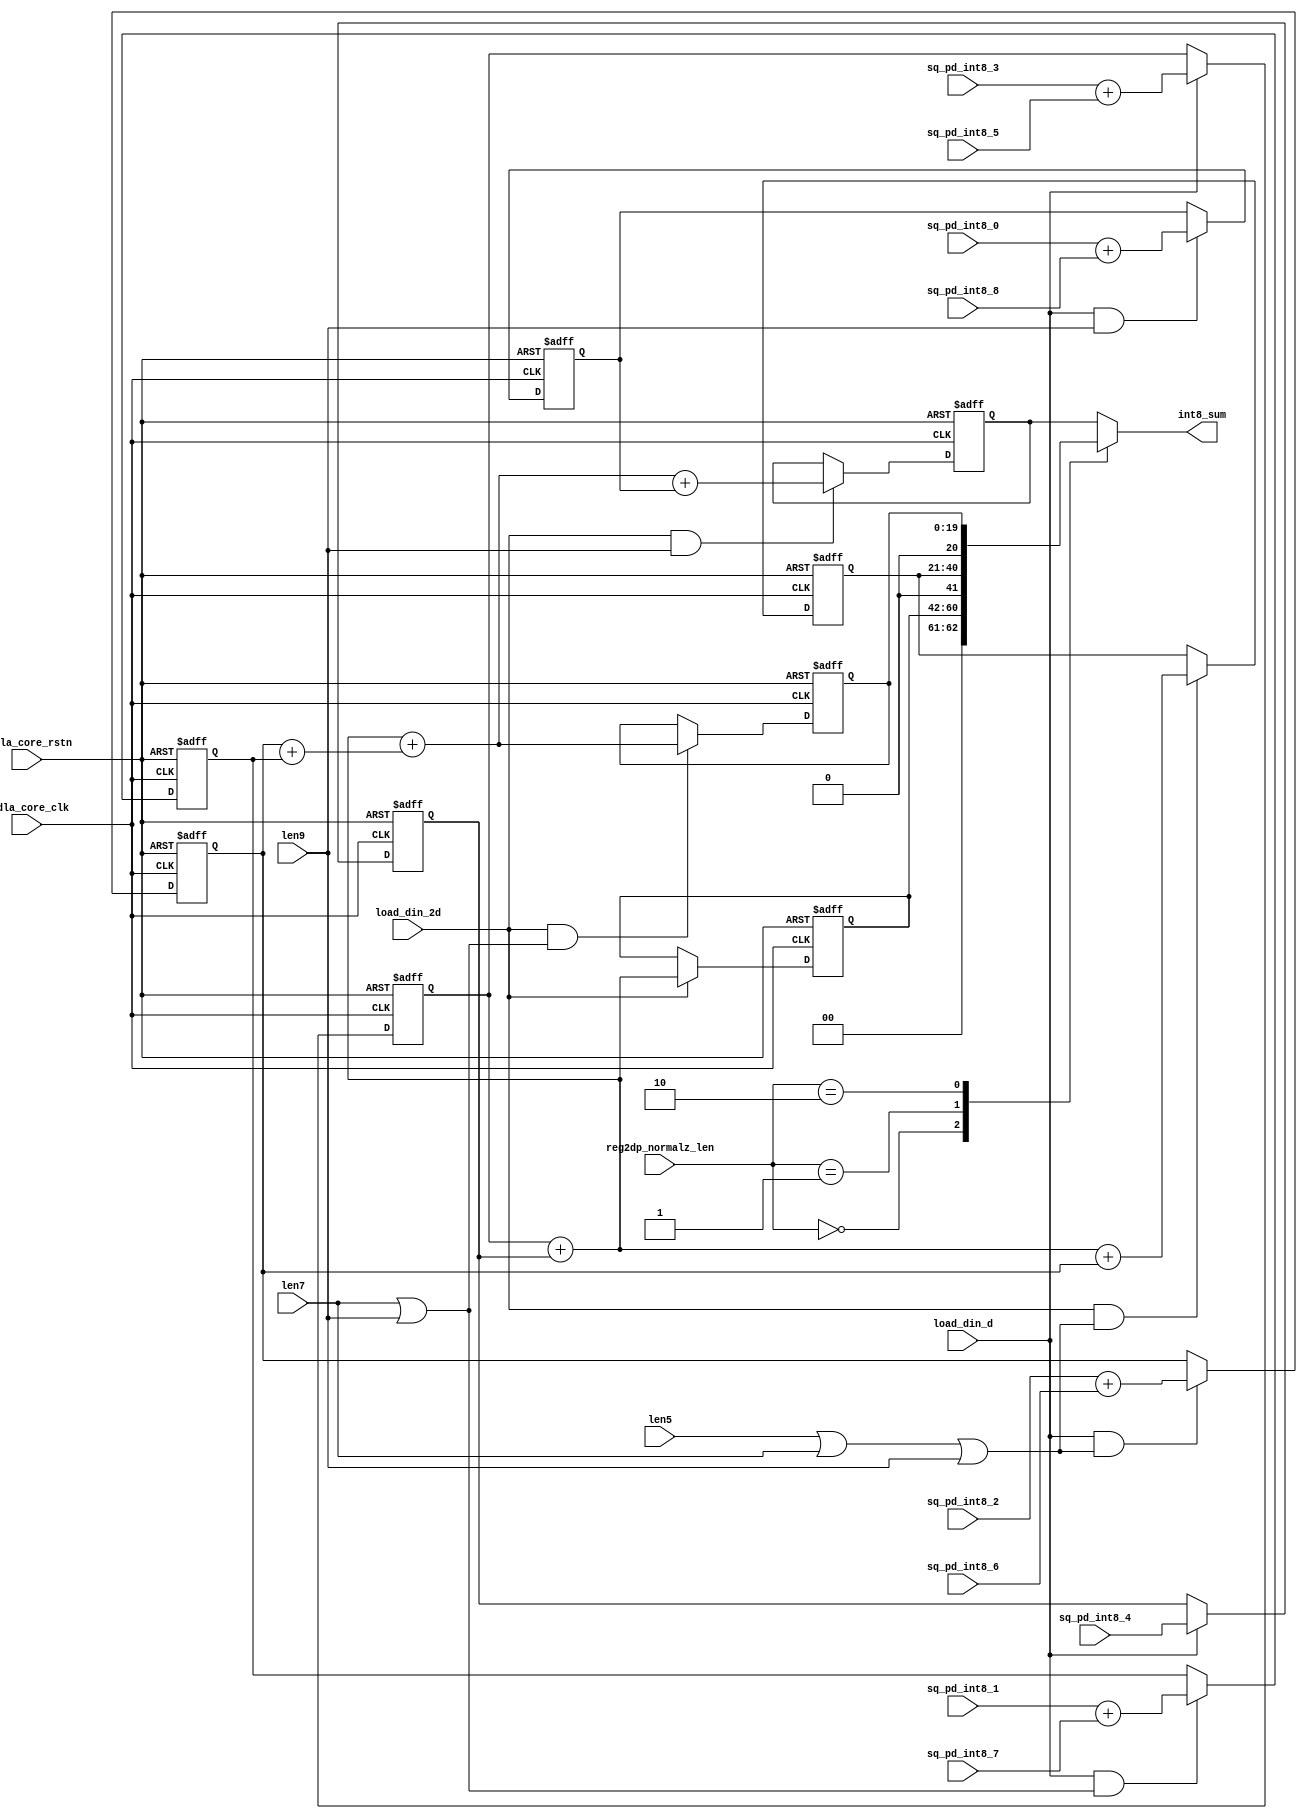
module int_sum_block_tp1 (
   nvdla_core_clk
  ,nvdla_core_rstn
  ,len5
  ,len7
  ,len9
  ,load_din_2d
  ,load_din_d
  ,reg2dp_normalz_len
  ,sq_pd_int8_0
  ,sq_pd_int8_1
  ,sq_pd_int8_2
  ,sq_pd_int8_3
  ,sq_pd_int8_4
  ,sq_pd_int8_5
  ,sq_pd_int8_6
  ,sq_pd_int8_7
  ,sq_pd_int8_8
  ,int8_sum
  );
/////////////////////////////////////////////
parameter pINT8_BW = 9;
/////////////////////////////////////////////
input nvdla_core_clk;
input nvdla_core_rstn;
input len5;
input len7;
input len9;
input load_din_2d;
input load_din_d;
input [1:0] reg2dp_normalz_len;
input [pINT8_BW*2-2:0] sq_pd_int8_0;
input [pINT8_BW*2-2:0] sq_pd_int8_1;
input [pINT8_BW*2-2:0] sq_pd_int8_2;
input [pINT8_BW*2-2:0] sq_pd_int8_3;
input [pINT8_BW*2-2:0] sq_pd_int8_4;
input [pINT8_BW*2-2:0] sq_pd_int8_5;
input [pINT8_BW*2-2:0] sq_pd_int8_6;
input [pINT8_BW*2-2:0] sq_pd_int8_7;
input [pINT8_BW*2-2:0] sq_pd_int8_8;
output [pINT8_BW*2+2:0] int8_sum;
/////////////////////////////////////////////
reg [pINT8_BW*2+2:0] int8_sum;
reg [pINT8_BW*2:0] int8_sum3;
reg [pINT8_BW*2+1:0] int8_sum5;
reg [pINT8_BW*2+1:0] int8_sum7;
reg [pINT8_BW*2+2:0] int8_sum9;
reg [pINT8_BW*2-1:0] int8_sum_0_8;
reg [pINT8_BW*2-1:0] int8_sum_1_7;
reg [pINT8_BW*2-1:0] int8_sum_2_6;
reg [pINT8_BW*2-1:0] int8_sum_3_5;
reg [pINT8_BW*2-2:0] sq_pd_int8_4_d;
wire [pINT8_BW*2-2:0] sq0;
wire [pINT8_BW*2-2:0] sq1;
wire [pINT8_BW*2-2:0] sq2;
wire [pINT8_BW*2-2:0] sq3;
wire [pINT8_BW*2-2:0] sq5;
wire [pINT8_BW*2-2:0] sq6;
wire [pINT8_BW*2-2:0] sq7;
wire [pINT8_BW*2-2:0] sq8;
/////////////////////////////////////////////
assign sq3 = sq_pd_int8_3;
assign sq5 = sq_pd_int8_5;
assign sq2 = sq_pd_int8_2;
assign sq6 = sq_pd_int8_6;
assign sq1 = sq_pd_int8_1;
assign sq7 = sq_pd_int8_7;
assign sq0 = sq_pd_int8_0;
assign sq8 = sq_pd_int8_8;
//sum process
always @(posedge nvdla_core_clk or negedge nvdla_core_rstn) begin
  if (!nvdla_core_rstn) begin
    int8_sum_3_5 <= {(pINT8_BW*2){1'b0}};
  end else if (load_din_d) begin
    int8_sum_3_5 <= (sq3 + sq5);
  end
end
always @(posedge nvdla_core_clk or negedge nvdla_core_rstn) begin
  if (!nvdla_core_rstn) begin
    int8_sum_2_6 <= {(pINT8_BW*2){1'b0}};
  end else if (load_din_d & (len5|len7|len9)) begin
    int8_sum_2_6 <= (sq2 + sq6);
  end
end
always @(posedge nvdla_core_clk or negedge nvdla_core_rstn) begin
  if (!nvdla_core_rstn) begin
    int8_sum_1_7 <= {(pINT8_BW*2){1'b0}};
  end else if (load_din_d & (len7|len9)) begin
    int8_sum_1_7 <= (sq1 + sq7);
  end
end
always @(posedge nvdla_core_clk or negedge nvdla_core_rstn) begin
  if (!nvdla_core_rstn) begin
    int8_sum_0_8 <= {(pINT8_BW*2){1'b0}};
  end else if (load_din_d & (len9)) begin
    int8_sum_0_8 <= (sq0 + sq8);
  end
end
always @(posedge nvdla_core_clk or negedge nvdla_core_rstn) begin
  if (!nvdla_core_rstn) begin
    sq_pd_int8_4_d <= {(pINT8_BW*2-1){1'b0}};
  end else if (load_din_d) begin
    sq_pd_int8_4_d <= sq_pd_int8_4;
  end
end
always @(posedge nvdla_core_clk or negedge nvdla_core_rstn) begin
  if (!nvdla_core_rstn) begin
    int8_sum3 <= {(pINT8_BW*2+1){1'b0}};
  end else if (load_din_2d ) begin
    int8_sum3 <= (int8_sum_3_5 + {1'b0,sq_pd_int8_4_d});
  end
end
always @(posedge nvdla_core_clk or negedge nvdla_core_rstn) begin
  if (!nvdla_core_rstn) begin
    int8_sum5 <= {(pINT8_BW*2+2){1'b0}};
  end else if (load_din_2d &(len5|len7|len9)) begin
    int8_sum5 <= ((int8_sum_3_5 + {1'b0,sq_pd_int8_4_d}) + {1'b0,int8_sum_2_6});
  end
end
always @(posedge nvdla_core_clk or negedge nvdla_core_rstn) begin
  if (!nvdla_core_rstn) begin
    int8_sum7 <= {(pINT8_BW*2+2){1'b0}};
  end else if (load_din_2d &(len7|len9)) begin
    int8_sum7 <= ((int8_sum_3_5 + {1'b0,sq_pd_int8_4_d}) + (int8_sum_2_6 + int8_sum_1_7));
  end
end
always @(posedge nvdla_core_clk or negedge nvdla_core_rstn) begin
  if (!nvdla_core_rstn) begin
    int8_sum9 <= {(pINT8_BW*2+3){1'b0}};
  end else if (load_din_2d &(len9)) begin
    int8_sum9 <= (((int8_sum_3_5 + {1'b0,sq_pd_int8_4_d}) + (int8_sum_2_6 + int8_sum_1_7)) + {2'd0,int8_sum_0_8});
  end
end
always @(*) begin
    case(reg2dp_normalz_len[1:0])
    2'h0 : begin
        int8_sum = {2'd0,int8_sum3};
    end
    2'h1 : begin
        int8_sum = {1'd0,int8_sum5};
    end
    2'h2 : begin
        int8_sum = {1'b0,int8_sum7};
    end
    default: begin
        int8_sum = int8_sum9;
    end
    endcase
end
endmodule